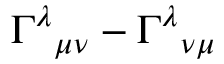
\Gamma ^ { \lambda } { } _ { \mu \nu } - \Gamma ^ { \lambda } { } _ { \nu \mu }